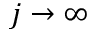
j \to \infty